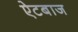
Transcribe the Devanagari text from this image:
ऐटबाज